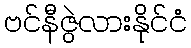
ဗင်နီဇွဲလားနိုင်ငံ